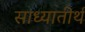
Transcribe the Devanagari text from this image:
साध्यातीर्थ